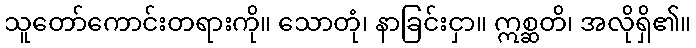
သူတော်ကောင်းတရားကို။ သောတုံ၊ နာခြင်းငှာ။ ဣစ္ဆတိ၊ အလိုရှိ၏။